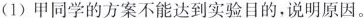
(1)甲同学的方案不能达到实验目的，说明原因。